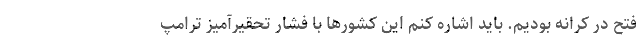
فتح در کرانه بودیم. باید اشاره کنم این کشورها با فشار تحقیرآمیز ترامپ